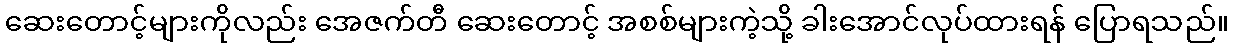
ဆေးတောင့်များကိုလည်း အေဇက်တီ ဆေးတောင့် အစစ်များကဲ့သို့ ခါးအောင်လုပ်ထားရန် ပြောရသည်။